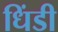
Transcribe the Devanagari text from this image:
धिंडी